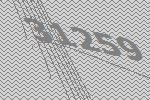
31259